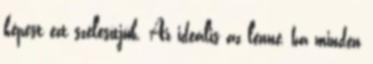
képest ezt szélesítjük. Az ideális az lenne, ha minden